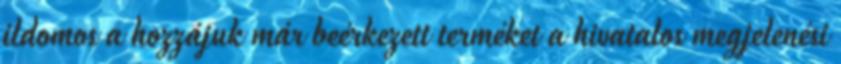
ildomos a hozzájuk már beérkezett terméket a hivatalos megjelenési